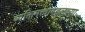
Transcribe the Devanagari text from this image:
व्यक्तिमत्त्वाबद्दलच्या